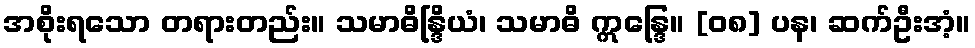
အစိုးရသော တရားတည်း။ သမာဓိန္ဒြိယံ၊ သမာဓိ ဣန္ဒြေ။ [၀၈] ပန၊ ဆက်ဦးအံ့။